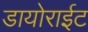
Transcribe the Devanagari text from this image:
डायोराईट